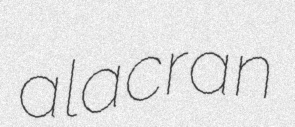
alacran